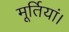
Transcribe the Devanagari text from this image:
मूर्तियां।